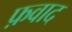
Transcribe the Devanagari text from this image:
फ़वाद